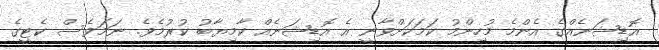
އޮޑިޝަނެއްގެ އެންމެ މުހިންމު ކަމަކަށްވާނީ އެ އޮޑިޝަނެއް ކާމިޔާބު ކުރުމެވެ. ނަމަވެސް ކެޓީގެ